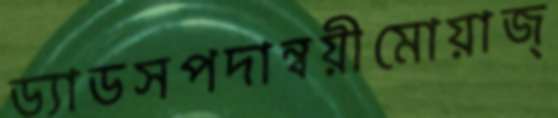
ড্যাডসপদান্বয়ীমোয়াজ্